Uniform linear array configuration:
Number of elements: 16
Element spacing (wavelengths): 0.5
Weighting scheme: uniform
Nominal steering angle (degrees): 30
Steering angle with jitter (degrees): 30.273
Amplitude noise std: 0.05
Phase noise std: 0.05

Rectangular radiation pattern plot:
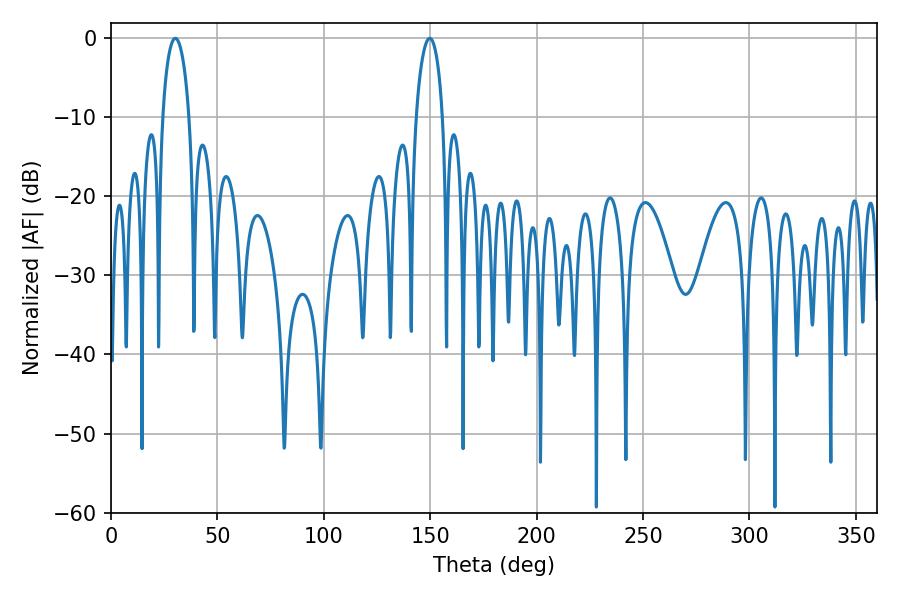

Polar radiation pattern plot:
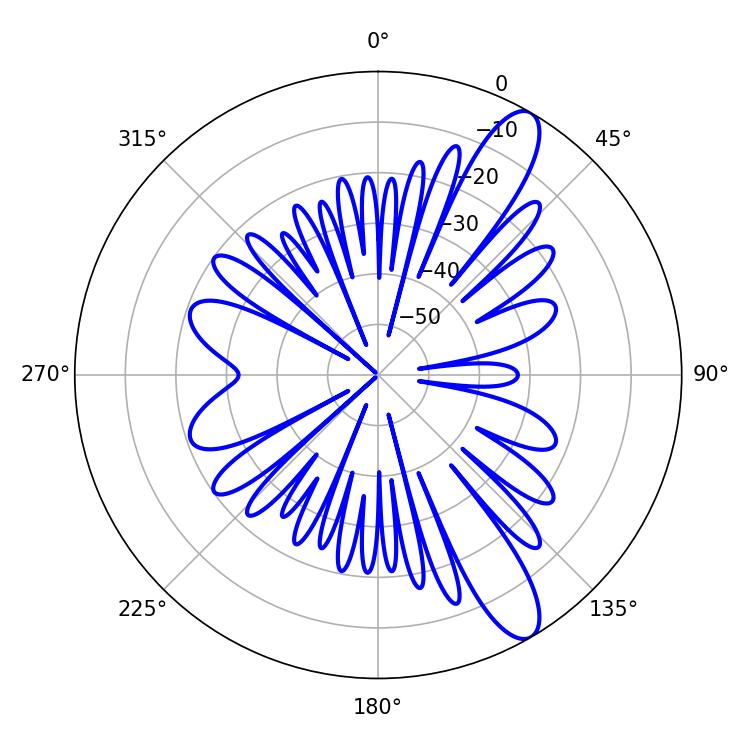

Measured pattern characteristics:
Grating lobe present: FALSE
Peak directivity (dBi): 11.614
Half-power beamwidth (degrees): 7.02
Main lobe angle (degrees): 30.24